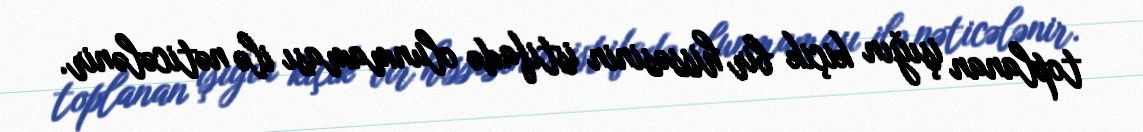
toplanan işığın kiçik bir hissəsinin istifadə olunmaması ilə nəticələnir.